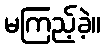
မကြည့်ခဲ့။